Senior Leaving Certificate Examination (including Day School Certificate (Higher) General paper), 1946
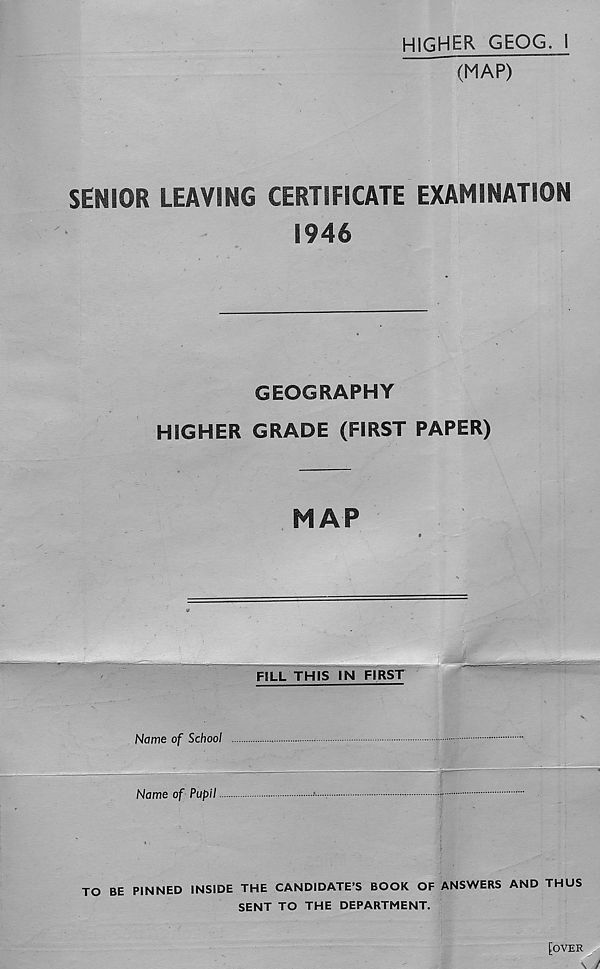
higher GEOG. I
(MAP)
SENIOR LEAVING CERTIFICATE EXAMINATION
1946
GEOGRAPHY
HIGHER GRADE (FIRST PAPER)
MAP
TO BE PINNED INSIDE THE CANDIDATE’S BOOK OF ANSWERS AND THUS
SENT TO THE DEPARTMENT.
[over